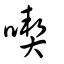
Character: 喫